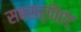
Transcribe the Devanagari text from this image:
सबसर्विएंट